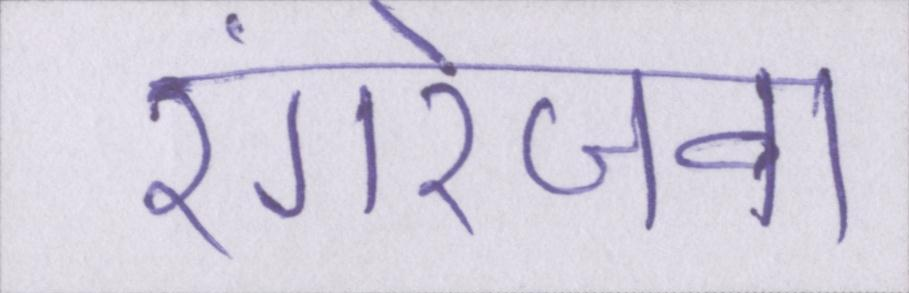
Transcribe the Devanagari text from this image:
रंगरेजवा